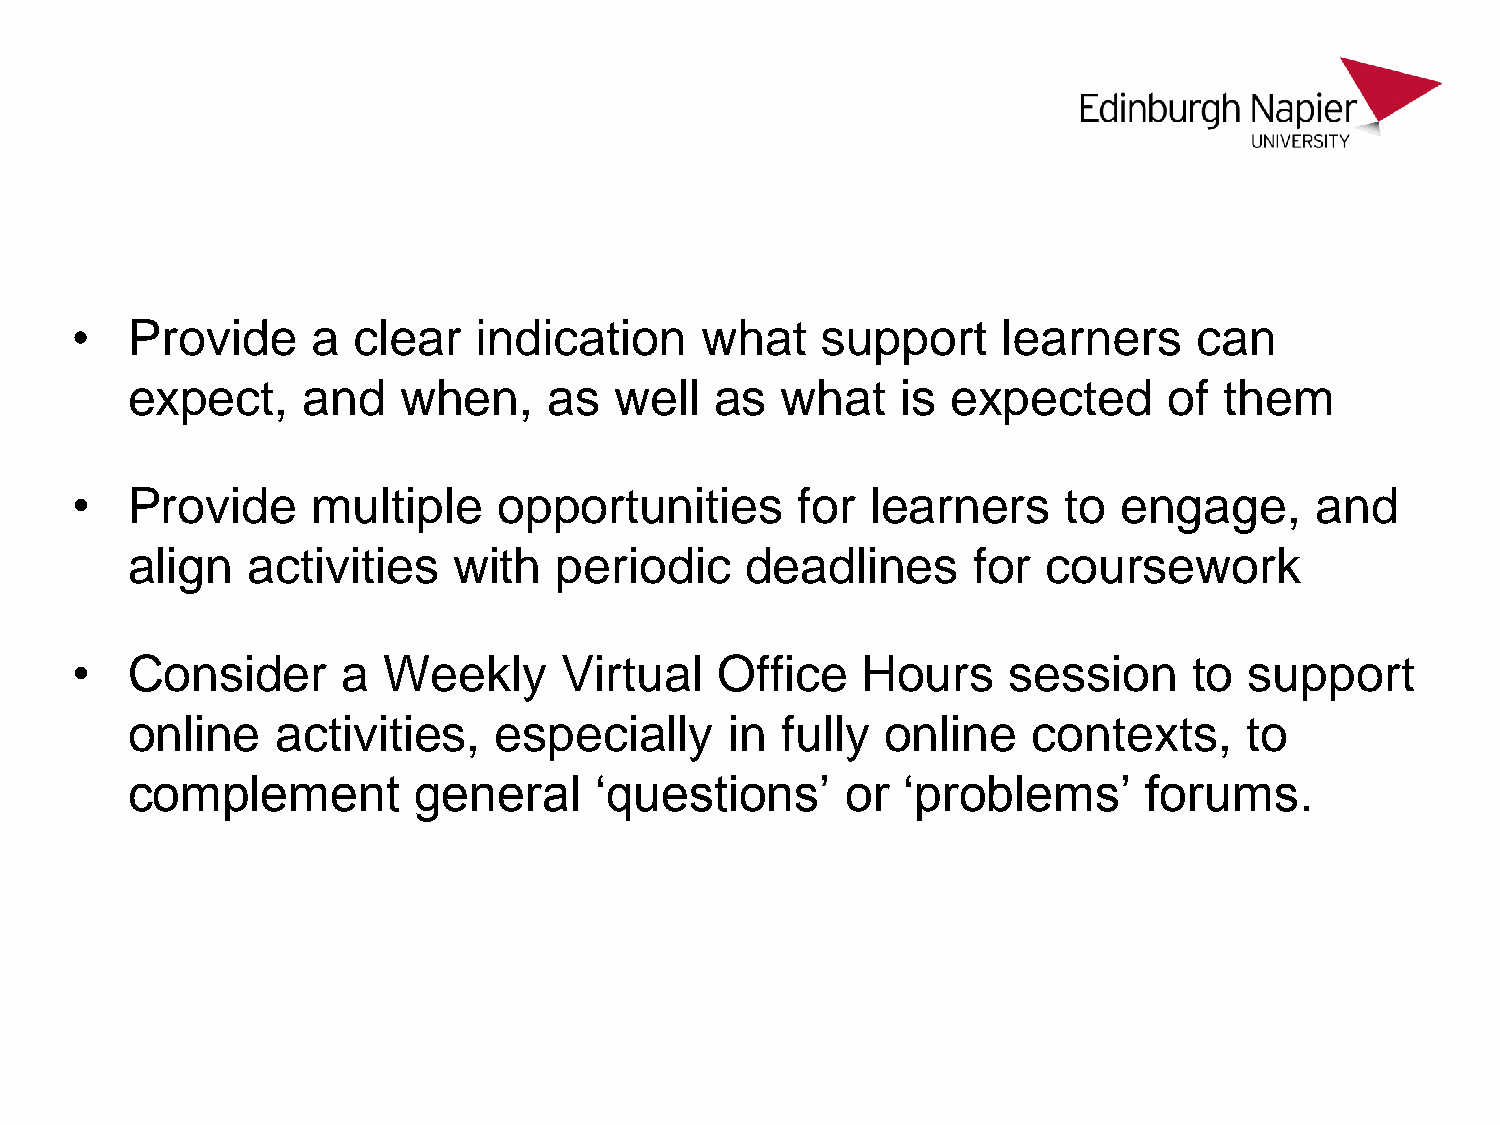
•  Provide      a clear   indication     what    support     learners     can
 expect,     and    when,    as   well  as   what    is expected      of  them
 •  Provide      multiple    opportunities       for  learners     to engage,      and
 align   activities    with   periodic    deadlines      for  coursework
 •  Consider       a Weekly      Virtual   Office    Hours     session     to  support
 online    activities,    especially     in  fully  online   contexts,      to
 complement         general     ‘questions’      or  ‘problems’      forums.